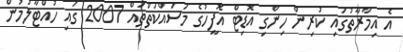
އެ އިމާރާތުގައި ކުރިން ހިންގި އޮޑިޓް އޮފީހުގެ މަސައްކަތްތައް 2007 ގައި ހުއްޓާލުމުން